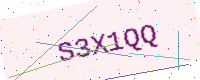
Text: S3X1QQ